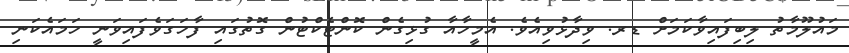
މައުލޫމާތު ލިބިފައިވާކަމަށް ޑރ. ވިދާޅުވިއެވެ. އެމީހާއާ ގުޅިގެން ކޮންޓެކްޓުން ގޮތުގައި ފާހަގަވެފައިވަނީ ހަމައެކަނި